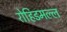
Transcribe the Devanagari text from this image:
रोहिडमल्ल